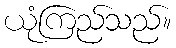
ယုံကြည်သည်။